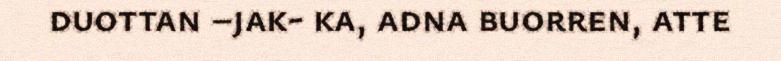
duottan –jak- ka, adna buorren, atte